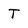
Character: t